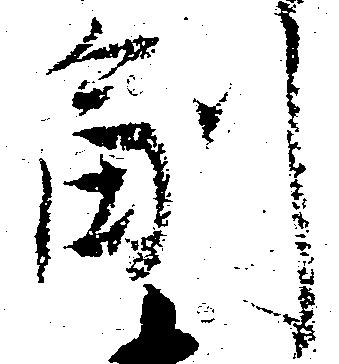
副